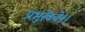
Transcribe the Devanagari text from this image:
प्रभुरेवचे।।